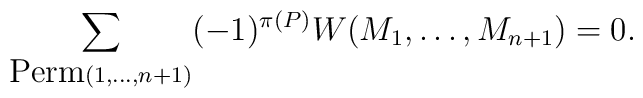
\sum_{\hbox{Perm}(1,\dots,n+1)}(-1)^{\pi(P)}W(M_1,\dots,M_{n+1})=0.